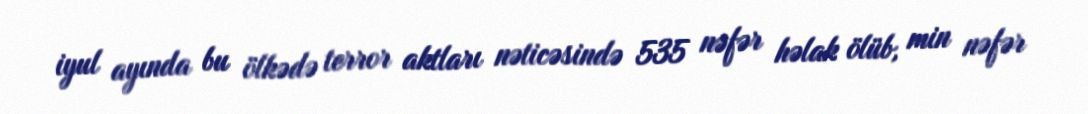
iyul ayında bu ölkədə terror aktları nəticəsində 535 nəfər həlak ölüb, min nəfər